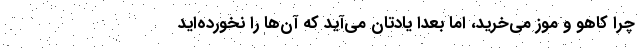
چرا کاهو و موز می‌خرید، اما بعداً یادتان می‌آید که آن‌ها را نخورده‌اید